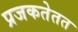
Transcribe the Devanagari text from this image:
प्रजकतेतत